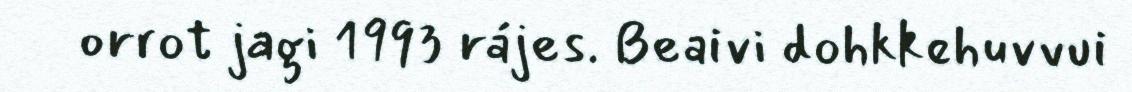
orrot jagi 1993 rájes. Beaivi dohkkehuvvui